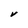
Character: V